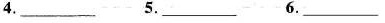
4.___ 5.___6.___